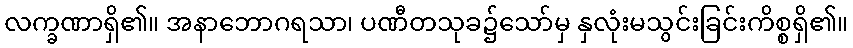
လက္ခဏာရှိ၏။ အနာဘောဂရသာ၊ ပဏီတသုခ၌သော်မှ နှလုံးမသွင်းခြင်းကိစ္စရှိ၏။